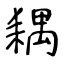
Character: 耦